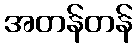
အတန်တန်